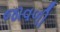
જાવળી